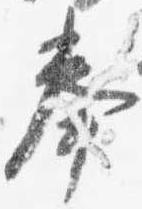
奉